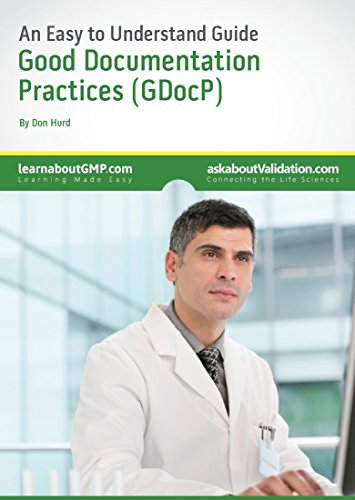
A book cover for An Easy to Understand Guide to Good Documentation Practices (Premier Validation's - An Easy to Understand Guide); Graham O'Keeffe; Business & Money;